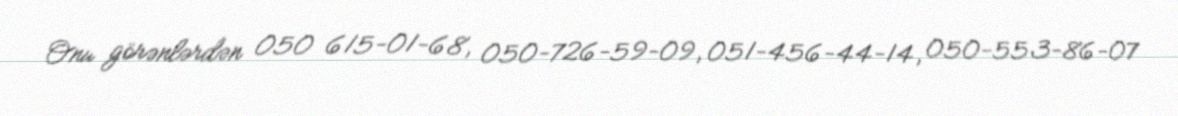
Onu görənlərdən 050 615-01-68, 050-726-59-09, 051-456-44-14, 050-553-86-07